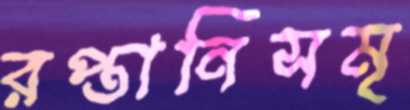
রপ্তানিসমৃ